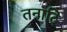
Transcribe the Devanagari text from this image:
तनादि